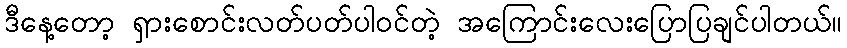
ဒီနေ့တော့ ရှားစောင်းလတ်ပတ်ပါဝင်တဲ့ အကြောင်းလေးပြောပြချင်ပါတယ်။